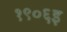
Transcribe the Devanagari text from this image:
१९०६इ